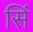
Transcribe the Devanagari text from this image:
सिं